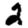
Digit: 2